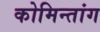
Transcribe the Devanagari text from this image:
कोमिन्तांग